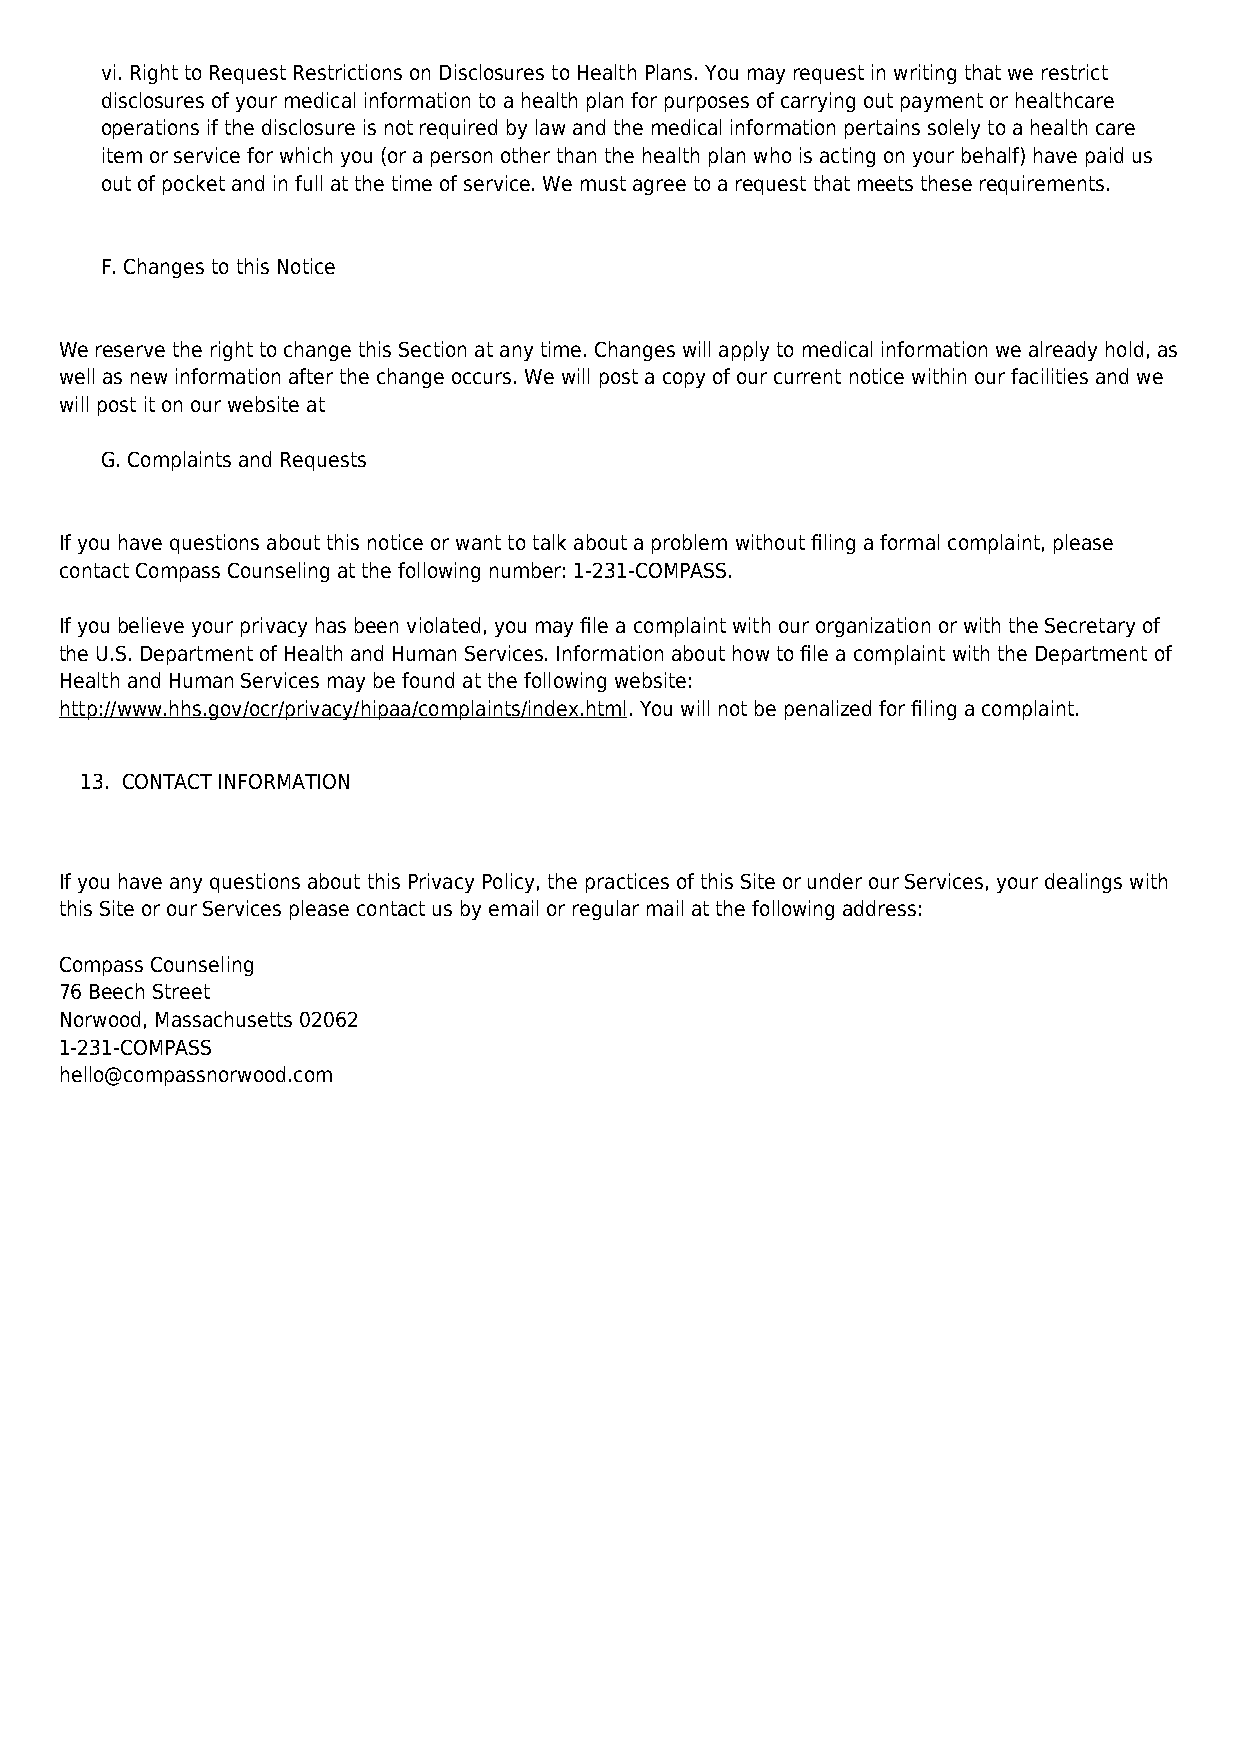
vi. Right to Request Restrictions on Disclosures to Health Plans. You may request in writing that we restrict
 disclosures of your medical information to a health plan for purposes of carrying out payment or healthcare
 operations if the disclosure is not required by law and the medical information pertains solely to a health care
 item or service for which you (or a person other than the health plan who is acting on your behalf) have paid us
 out of pocket and in full at the time of service. We must agree to a request that meets these requirements.
 F. Changes to this Notice
 We reserve the right to change this Section at any time. Changes will apply to medical information we already hold, as
 well as new information after the change occurs. We will post a copy of our current notice within our facilities and we
 will post it on our website at
 G. Complaints and Requests
 If you have questions about this notice or want to talk about a problem without filing a formal complaint, please
 contact Compass Counseling at the following number: 1-231-COMPASS.
 If you believe your privacy has been violated, you may file a complaint with our organization or with the Secretary of
 the U.S. Department of Health and Human Services. Information about how to file a complaint with the Department of
 Health and Human Services may be found at the following website:
 http://www.hhs.gov/ocr/privacy/hipaa/complaints/index.html. You will not be penalized for filing a complaint.
 13. CONTACT INFORMATION
 If you have any questions about this Privacy Policy, the practices of this Site or under our Services, your dealings with
 this Site or our Services please contact us by email or regular mail at the following address:
 Compass Counseling
 76 Beech Street
 Norwood, Massachusetts 02062
 1-231-COMPASS
 hello@compassnorwood.com